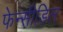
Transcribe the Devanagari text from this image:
फेन्सीडिल